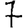
Digit: 7